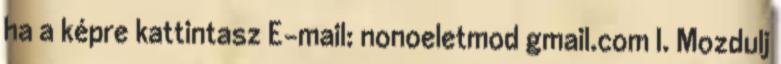
ha a képre kattintasz E-mail: nonoeletmod gmail.com I. Mozdulj